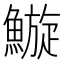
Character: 䲂